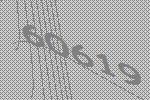
60619